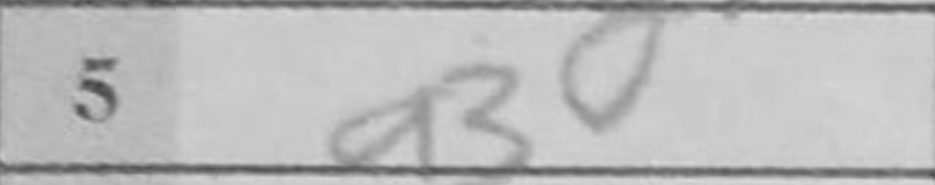
Transcription: a3